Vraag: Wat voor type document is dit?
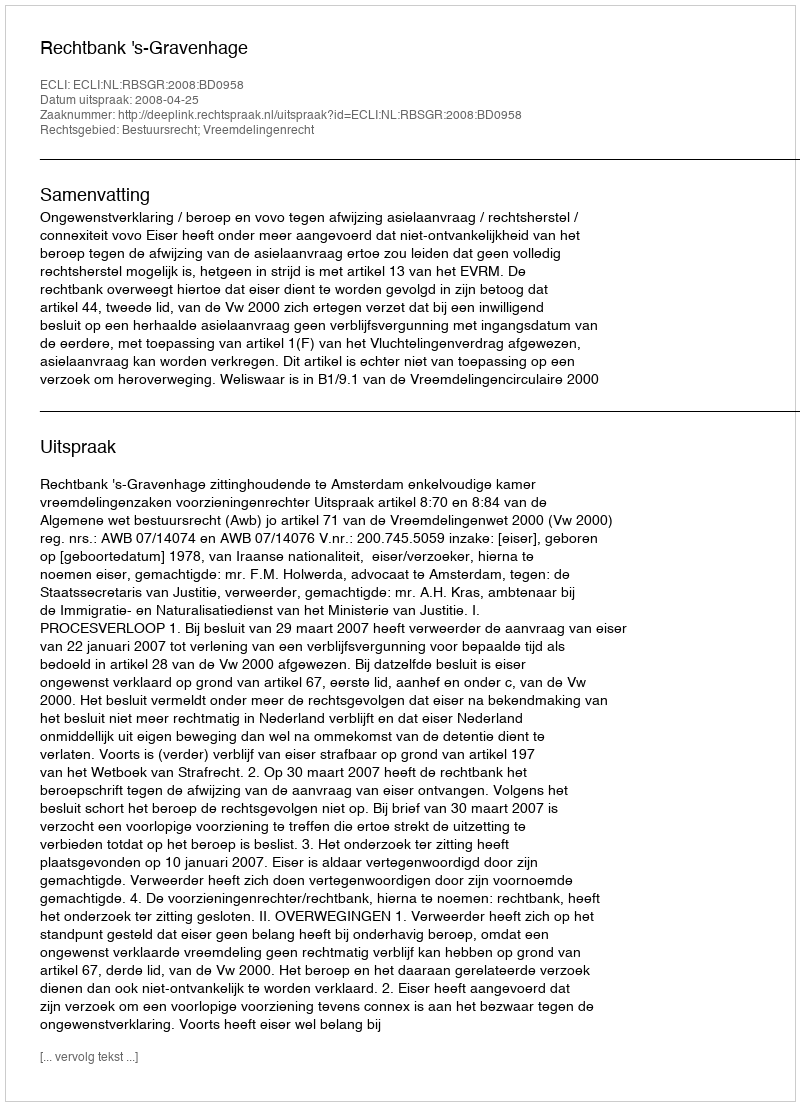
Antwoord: Uitspraak